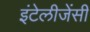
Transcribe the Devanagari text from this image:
इंटेलीजेंसी